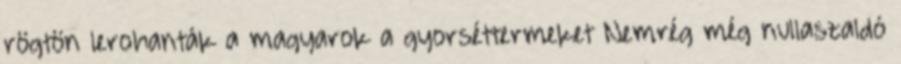
rögtön lerohanták a magyarok a gyorséttermeket Nemrég még nullaszaldó